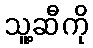
သူ့ဆီကို